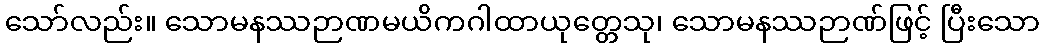
သော်လည်း။ သောမနဿဉာဏမယိကဂါထာယုတ္တေသု၊ သောမနဿဉာဏ်ဖြင့် ပြီးသော